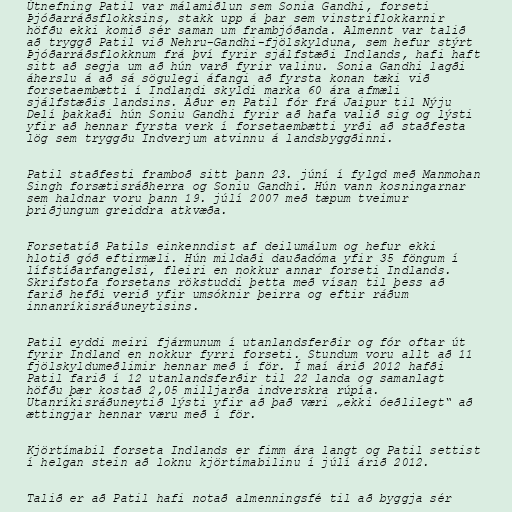
Útnefning Patil var málamiðlun sem Sonia Gandhi, forseti
Þjóðarráðsflokksins, stakk upp á þar sem vinstriflokkarnir
höfðu ekki komið sér saman um frambjóðanda. Almennt var talið
að tryggð Patil við Nehru-Gandhi-fjölskylduna, sem hefur stýrt
Þjóðarráðsflokknum frá því fyrir sjálfstæði Indlands, hafi haft
sitt að segja um að hún varð fyrir valinu. Sonia Gandhi lagði
áherslu á að sá sögulegi áfangi að fyrsta konan tæki við
forsetaembætti í Indlandi skyldi marka 60 ára afmæli
sjálfstæðis landsins. Áður en Patil fór frá Jaipur til Nýju
Delí þakkaði hún Soniu Gandhi fyrir að hafa valið sig og lýsti
yfir að hennar fyrsta verk í forsetaembætti yrði að staðfesta
lög sem tryggðu Indverjum atvinnu á landsbyggðinni.

Patil staðfesti framboð sitt þann 23. júní í fylgd með Manmohan
Singh forsætisráðherra og Soniu Gandhi. Hún vann kosningarnar
sem haldnar voru þann 19. júlí 2007 með tæpum tveimur
þriðjungum greiddra atkvæða.

Forsetatíð Patils einkenndist af deilumálum og hefur ekki
hlotið góð eftirmæli. Hún mildaði dauðadóma yfir 35 föngum í
lífstíðarfangelsi, fleiri en nokkur annar forseti Indlands.
Skrifstofa forsetans rökstuddi þetta með vísan til þess að
farið hefði verið yfir umsóknir þeirra og eftir ráðum
innanríkisráðuneytisins.

Patil eyddi meiri fjármunum í utanlandsferðir og fór oftar út
fyrir Indland en nokkur fyrri forseti. Stundum voru allt að 11
fjölskyldumeðlimir hennar með í för. Í maí árið 2012 hafði
Patil farið í 12 utanlandsferðir til 22 landa og samanlagt
höfðu þær kostað 2,05 milljarða indverskra rúpía.
Utanríkisráðuneytið lýsti yfir að það væri „ekki óeðlilegt“ að
ættingjar hennar væru með í för.

Kjörtímabil forseta Indlands er fimm ára langt og Patil settist
í helgan stein að loknu kjörtímabilinu í júlí árið 2012.

Talið er að Patil hafi notað almenningsfé til að byggja sér